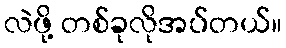
လဲဖို့ တစ်ခုလိုအပ်တယ်။